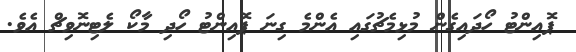
ޕޮއިންޓު ހޯދައިގެން މުޅިމެޗުގައި އެންމެ ގިނަ ޕޮއިންޓު ހޯދި މާކޯ ލެޓިނޮވިޗް އެވެ.